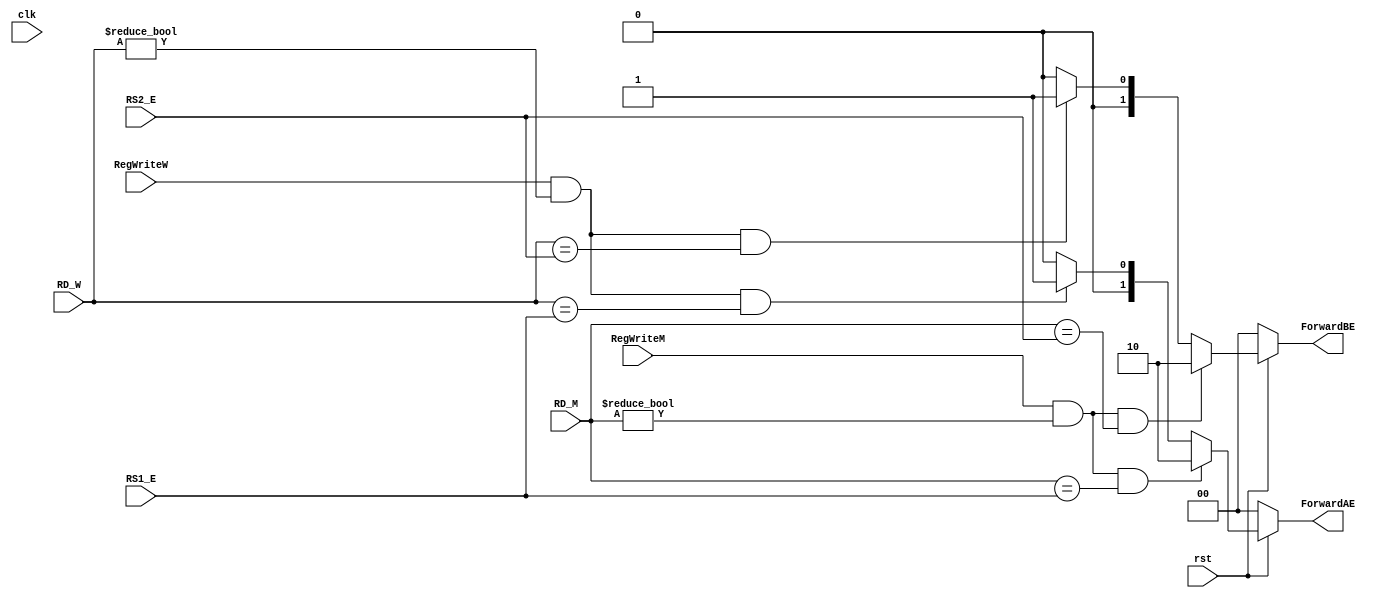
`timescale 1ns / 1ps
//////////////////////////////////////////////////////////////////////////////////
// Company: 
// Engineer: 
// 
// Design Name: 
// Module Name: Hazard_Unit
// Project Name: 
// Target Devices: 
// Tool Versions: 
// Description: 
// 
// Dependencies: 
// 
// Revision:
// Revision 0.01 - File Created
// Additional Comments:
// 
//////////////////////////////////////////////////////////////////////////////////


module Hazard_Unit(
    input clk, rst, RegWriteM, RegWriteW, 
    input [4:0] RD_M, RD_W, RS1_E, RS2_E,
    output [1:0] ForwardAE, ForwardBE
    
    );
    
    assign ForwardAE = ( rst == 1'b0 ) ? 2'b00 :
                       ( ( RegWriteM == 1'b1 ) & (RD_M != 5'h00) &( RD_M == RS1_E) ) ? 2'b10 :
                       ( ( RegWriteW == 1'b1 ) & (RD_W != 5'h00) &( RD_W == RS1_E) ) ? 2'b01 :
                       2'b00 ;
    
    assign ForwardBE = ( rst == 1'b0 ) ? 2'b00 :
                       ( ( RegWriteM == 1'b1 ) & (RD_M != 5'h00) &( RD_M == RS2_E) ) ? 2'b10 :
                       ( ( RegWriteW == 1'b1 ) & (RD_W != 5'h00) &( RD_W == RS2_E) ) ? 2'b01 :
                        2'b00 ;    
    
    
    
    
    
    
    
    
    
endmodule